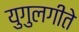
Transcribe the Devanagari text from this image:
युगुलगीते